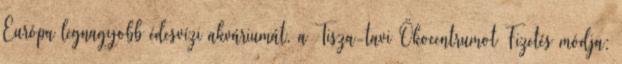
Európa legnagyobb édesvízi akváriumát, a Tisza-tavi Ökocentrumot Fizetés módja: